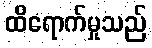
ထိရောက်မှုသည်